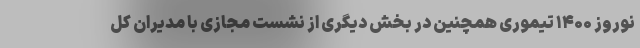
نوروز ۱۴۰۰ تیموری همچنین در بخش دیگری از نشست مجازی با مدیران کل